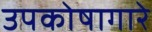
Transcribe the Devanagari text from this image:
उपकोषागारे